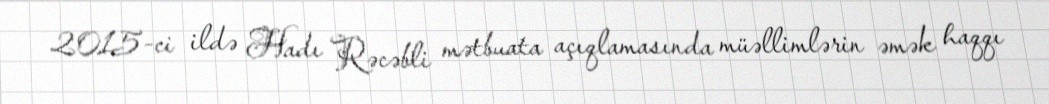
2015-ci ildə Hadı Rəcəbli mətbuata açıqlamasında müəllimlərin əmək haqqı